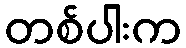
တစ်ပါးက